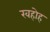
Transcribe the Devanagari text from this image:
खहोह